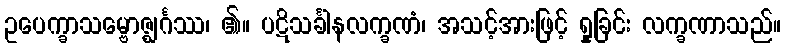
ဥပေက္ခာသမ္ဗောဇ္ဈင်္ဂဿ၊ ၏။ ပဋိသင်္ခါနလက္ခဏံ၊ အသင့်အားဖြင့် ရှုခြင်း လက္ခဏာသည်။